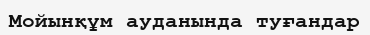
Мойынқұм ауданында туғандар